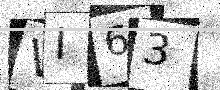
Text: VI63